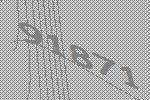
91871